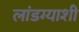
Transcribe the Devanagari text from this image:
लांडग्याशी